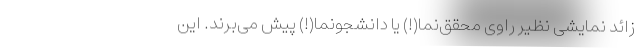
زائد نمایشی نظیر راوی محقق‌نما(!) یا دانشجونما(!) پیش می‌برند. این